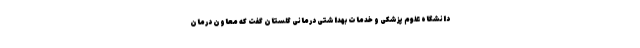
دانشگاه علوم پزشکی و خدمات بهداشتی درمانی گلستان گفت که معاون درمان